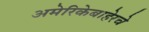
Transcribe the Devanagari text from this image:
अमेरिकेबाहेरचे